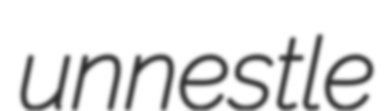
unnestle